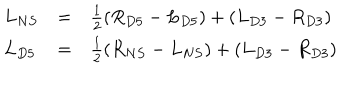
\begin{array} { l l l } { { L _ { N S } } } & { { = } } & { { \frac { 1 } { 2 } ( R _ { D 5 } - L _ { D 5 } ) + ( L _ { D 3 } - R _ { D 3 } ) } } \\ { { L _ { D 5 } } } & { { = } } & { { \frac { 1 } { 2 } ( R _ { N S } - L _ { N S } ) + ( L _ { D 3 } - R _ { D 3 } ) } } \\ \end{array}